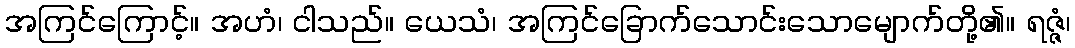
အကြင်ကြောင့်။ အဟံ၊ ငါသည်။ ယေသံ၊ အကြင်ခြောက်သောင်းသောမျောက်တို့၏။ ရဇ္ဇံ၊